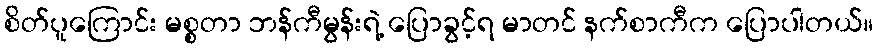
စိတ်ပူကြောင်း မစ္စတာ ဘန်ကီမွန်းရဲ့ ပြောခွင့်ရ မာတင် နက်စာကီက ပြောပါတယ်။